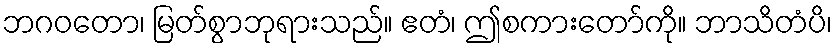
ဘဂဝတော၊ မြတ်စွာဘုရားသည်။ ဧတံ၊ ဤစကားတော်ကို။ ဘာသိတံပိ၊